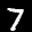
Label: 7